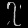
Digit: ၇